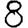
Digit: 8